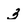
Character: 3